Indian journal of veterinary science and animal husbandry - Volumes 26-27, 1956-1957
Year: 1956
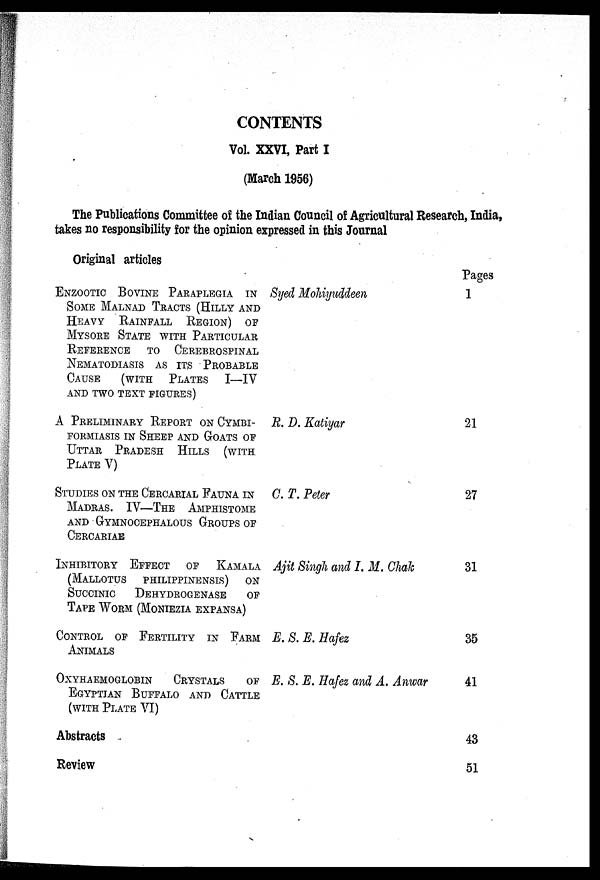
CONTENTS
Vol. XXVI, Part I
(March 1956)
The Publications Committee of the Indian Council of Agricultural Research, India,
takes no responsibility for the opinion expressed in this Journal
Original articles
ENZOOTIC BOVINE PARAPLEGIA IN
SOME MALNAD TRACTS (HILLY AND
HEAVY RAINFALL REGION) OF
MYSORE STATE WITH PARTICULAR
REFERENCE TO CEREBROSPINAL
NEMATODIASIS AS ITS PROBABLE
CAUSE
(WITH PLATES I—IV
AND TWO TEXT FIGURES)
A PRELIMINARY REPORT ON CYMBI-
FORMIASIS IN SHEEP AND GOATS OF
UTTAR PRADESH HILLS (WITH
PLATE V)
STUDIES ON THE CERCARIAL FAUNA IN
MADRAS. IV—THE AMPHISTOME
AND GYMNOCEPHALOUS GROUPS OF
CERCARIAE
INHIBITORY EFFECT OF KAMALA
(MALLOTUS PHILIPPINENSIS) ON
SUCCINIC
DEHYDROGENASE
OF
TAPE WORM (MONIEZIA EXPANSA)
CONTROL OF FERTILITY IN FARM
ANIMALS
OXYHAEMOGLOBIN
CRYSTALS
OF
EGYPTIAN BUFFALO AND CATTLE
(WITH PLATE VI)
ABSTRACTS
REVIEW
Syed Mohiyuddeen
R. D. Katiyar
C. T. Peter
Ajit Singh and I. M. Chak
E. S. E. Hafez
E. S. E. Hafez and A. Anwar
Pages
1
21
27
31
35
41
43
51